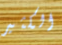
الكثير